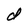
Character: d